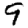
Digit: 9